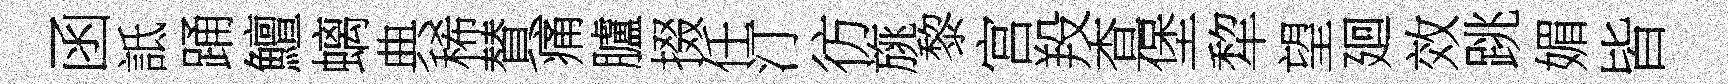
函詆踊鱣螭典稀賛痛臚掇任汀彷旐黎宫羖查堡犂望廻效跳媚皆